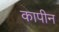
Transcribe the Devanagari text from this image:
कापीन